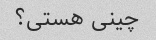
چینی هستی؟